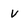
Character: V